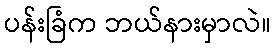
ပန်းခြံက ဘယ်နားမှာလဲ။